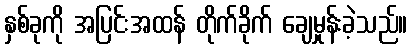
နှစ်ခုကို အပြင်းအထန် တိုက်ခိုက် ချေမှုန်းခဲ့သည်။